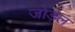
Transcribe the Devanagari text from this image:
जोड़ल